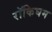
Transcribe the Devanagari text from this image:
रॉकिघम